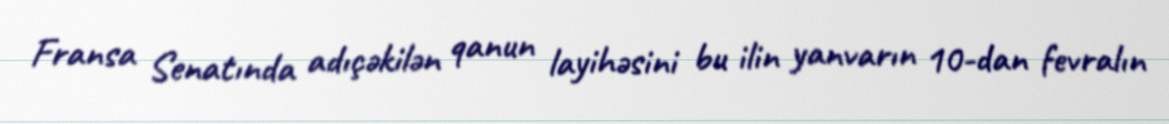
Fransa Senatında adıçəkilən qanun layihəsini bu ilin yanvarın 10-dan fevralın